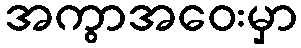
အကွာအဝေးမှာ